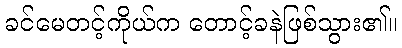
ခင်မေတင့်ကိုယ်က တောင့်ခနဲဖြစ်သွား၏။